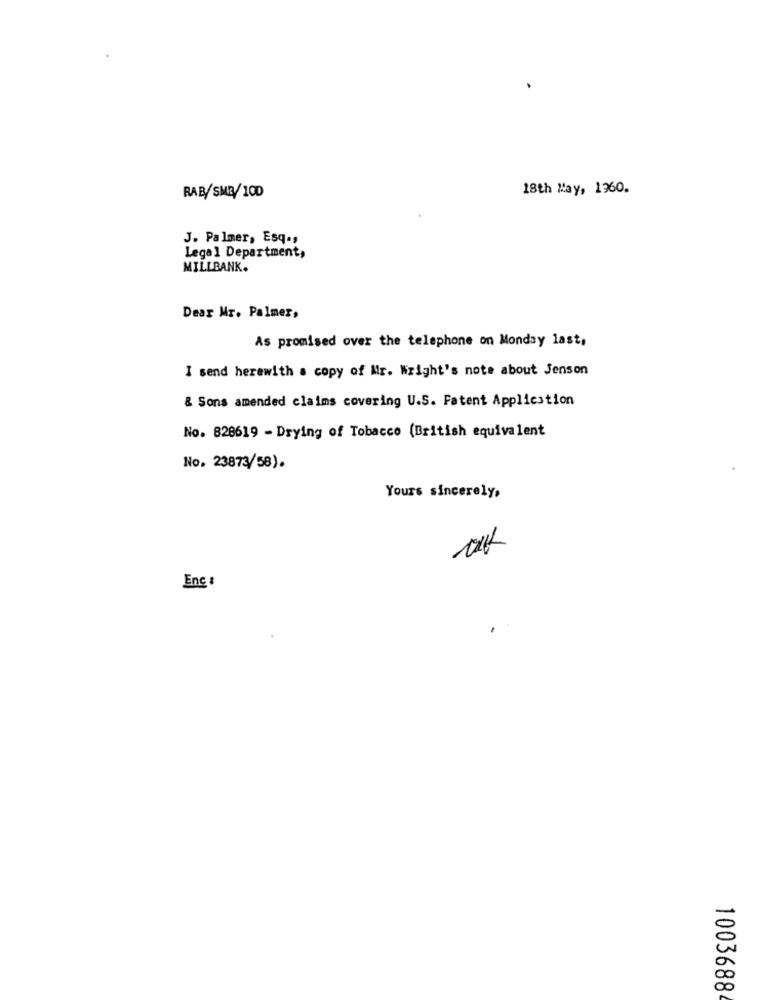
18th May, 1960.
RAB/SMB/ 100
J. Palmer, Esq .,
Legal Department,
MILLBANK.
Dear Mr. Palmer,
As promised over the telephone on Monday last,
I send herewith a copy of Mr. Wright's note about Jenson
& Sons amended claims covering U.S. Patent Application
No. 828619 - Drying of Tobacco (British equivalent
No. 23873/58).
Yours sincerely,
Enc :
1003688